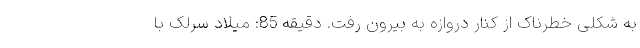
به شکلی خطرناک از کنار دروازه به بیرون رفت. دقیقه 85: میلاد سرلک با